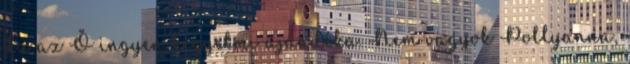
Ez az Ő ingyen kegyelmi ajándéka. Nem vagyok Pollyanna,